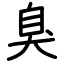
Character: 臭